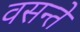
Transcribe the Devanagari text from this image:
वसन्ते